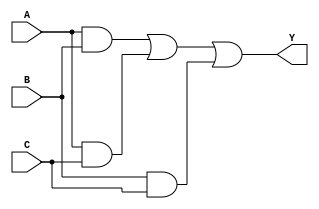
module Majority (A, B, C, Y);                 	
   input  A, B, C;			
   output Y; 

   reg Y;           		
                   	          	
// student code here

	assign Y = (A & B) | (A&C) | (B&C);


endmodule